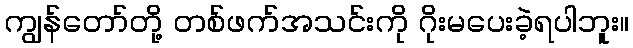
ကျွန်တော်တို့ တစ်ဖက်အသင်းကို ဂိုးမပေးခဲ့ရပါဘူး။